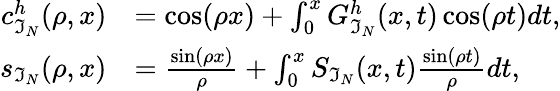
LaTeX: \begin{array}{rl}{c_{\mathfrak{I}_{N}}^{h}(\rho,x)}&{=\cos(\rho x)+\int_{0}^{x}G_{\mathfrak{I}_{N}}^{h}(x,t)\cos(\rho t)dt,}\\ {s_{\mathfrak{I}_{N}}(\rho,x)}&{=\frac{\sin(\rho x)}{\rho}+\int_{0}^{x}S_{\mathfrak{I}_{N}}(x,t)\frac{\sin(\rho t)}{\rho}dt,}\end{array}